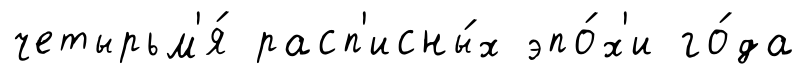
четырьм'я́ расп'исны́х эпо́х'и го́да